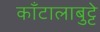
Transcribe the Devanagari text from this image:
काँटालाबुट्टे